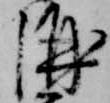
酒